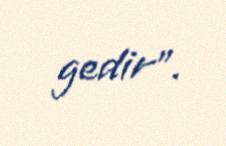
gedir”.